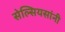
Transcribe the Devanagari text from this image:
सेल्सियसांनी